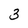
Character: 3